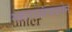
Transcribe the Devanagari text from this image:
महाराजांपासोन